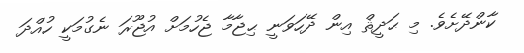
ކާންދޭށެވެ. މި ޙަދީޘް އިން ދޭހަވަނީ ޙިޖާމާ ޖެހުމަށް އުޖޫރަ ނެގުމަކީ ހުއްދަ